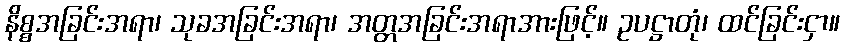
နိစ္စအခြင်းအရာ၊ သုခအခြင်းအရာ၊ အတ္တအခြင်းအရာအားဖြင့်။ ဥပဋ္ဌာတုံ၊ ထင်ခြင်းငှာ။